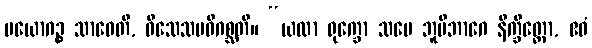
ပယောဂဉ္စ သာဓေတိ, ဝိသေသမဓိဂစ္ဆတိ။ “ယထာ ရုက္ခော သမေ ဘူမိဘာဂေ နိက္ခိတ္တော, ဧဝံ